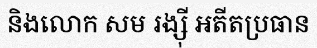
និងលោក សម រង្ស៊ី អតីតប្រធាន